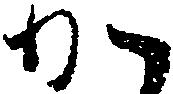
か